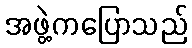
အဖွဲ့ကပြောသည်